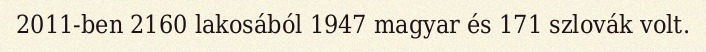
2011-ben 2160 lakosából 1947 magyar és 171 szlovák volt.